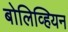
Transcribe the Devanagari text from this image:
बोलिव्हियन